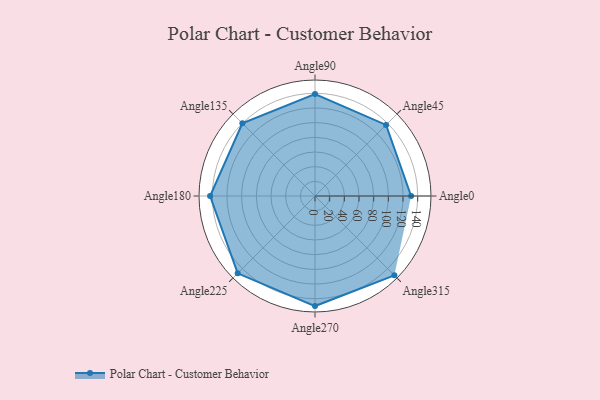
{"axis": {"x": "Angle", "y": "Radius"}, "legend": [""], "data": [{"x": "Angle0", "y": 131.0, "type": ""}, {"x": "Angle45", "y": 137.0, "type": ""}, {"x": "Angle90", "y": 139.0, "type": ""}, {"x": "Angle135", "y": 140.0, "type": ""}, {"x": "Angle180", "y": 143.0, "type": ""}, {"x": "Angle225", "y": 149.0, "type": ""}, {"x": "Angle270", "y": 150.0, "type": ""}, {"x": "Angle315", "y": 153.0, "type": ""}]}